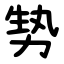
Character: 㔟